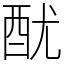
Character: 𨠄